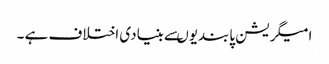
امیگریشن پابندیوںسے بنیادی اختلاف ہے ۔